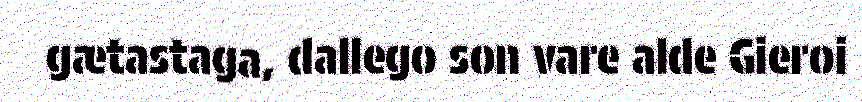
gætastaga, dallego son vare alde Gieroi